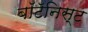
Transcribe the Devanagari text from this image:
बॉटॅनिस्ट